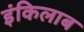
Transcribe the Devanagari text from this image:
इंकिलाब